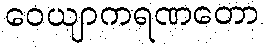
ဝေယျာကရဏတော